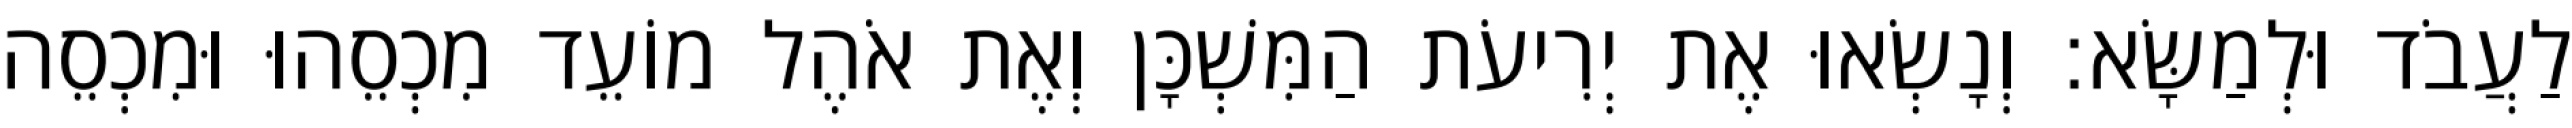
לַעֲבֹד וּלְמַשָּׂא׃ וְנָשְׂאוּ אֶת יְרִיעֹת הַמִּשְׁכָּן וְאֶת אֹהֶל מוֹעֵד מִכְסֵהוּ וּמִכְסֵה